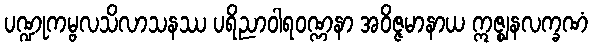
ပဏ္ဍုကမ္ဗလသိလာသနဿ ပရိညာဝါရဝဏ္ဏနာ အဝိဇ္ဇမာနာယ ဣဇ္ဈနလက္ခဏံ